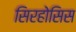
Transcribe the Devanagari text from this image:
सिरहोसिस